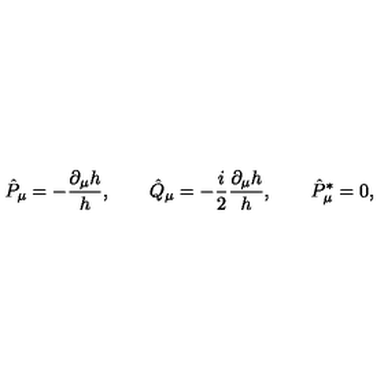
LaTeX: \hat { P } _ { \mu } = - { \frac { \partial _ { \mu } h } { h } } , \qquad \hat { Q } _ { \mu } = - { \frac { i } { 2 } } { \frac { \partial _ { \mu } h } { h } } , \qquad \hat { P } _ { \mu } ^ { * } = 0 ,